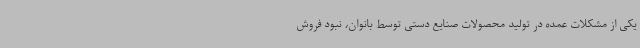
یکی از مشکلات عمده در تولید محصولات صنایع دستی توسط بانوان، نبود فروش